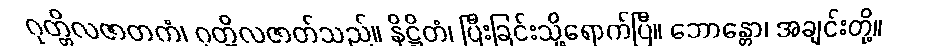
ဂုတ္တိလဇာတကံ၊ ဂုတ္တိလဇာတ်သည်။ နိဋ္ဌိတံ၊ ပြီးခြင်းသို့ရောက်ပြီ။ ဘောန္တော၊ အချင်းတို့။